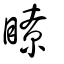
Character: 瞭